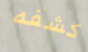
كشفه